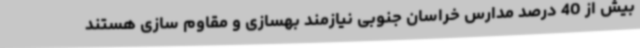
بیش از 40 درصد مدارس خراسان جنوبی نیازمند بهسازی و مقاوم سازی هستند